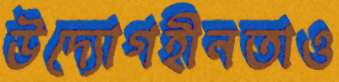
উদ্যোগহীনতাও